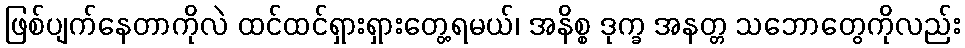
ဖြစ်ပျက်နေတာကိုလဲ ထင်ထင်ရှားရှားတွေ့ရမယ်၊ အနိစ္စ ဒုက္ခ အနတ္တ သဘောတွေကိုလည်း